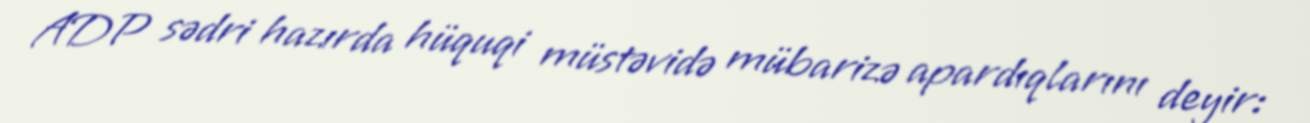
ADP sədri hazırda hüquqi müstəvidə mübarizə apardıqlarını deyir: